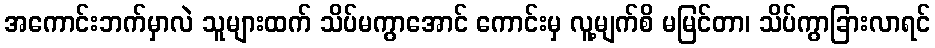
အကောင်းဘက်မှာလဲ သူများထက် သိပ်မကွာအောင် ကောင်းမှ လူ့မျက်စိ မမြင်တာ၊ သိပ်ကွာခြားလာရင်